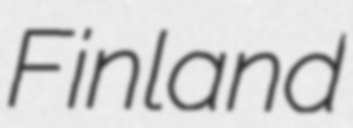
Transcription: Finland